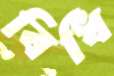
বিধি